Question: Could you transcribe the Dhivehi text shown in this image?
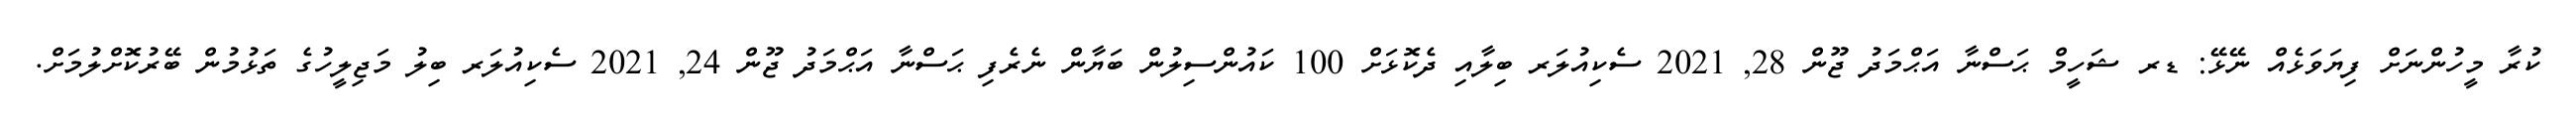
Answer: ކުރާ މީހުންނަށް ފިޔަވަޅެއް ނޭޅޭ: ޑރ ޝަހީމް ޙަސްނާ އަޙްމަދު ޖޫން 28, 2021 ސެކިއުލަރ ބިލާއި ދެކޮޅަށް 100 ކައުންސިލުން ބަޔާން ނެރެފި ޙަސްނާ އަޙްމަދު ޖޫން 24, 2021 ސެކިއުލަރ ބިލު މަޖިލީހުގެ ތަޅުމުން ބޭރުކޮށްލުމަށް.